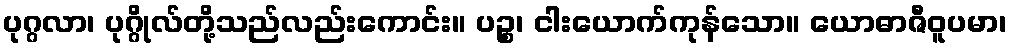
ပုဂ္ဂလာ၊ ပုဂ္ဂိုလ်တို့သည်လည်းကောင်း။ ပဉ္စ၊ ငါးယောက်ကုန်သော။ ယောဓာဇီဝူပမာ၊